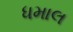
ધમાલ